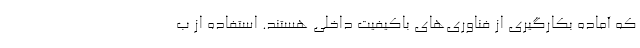
که آماده بکارگیری از فناوری‌های باکیفیت داخلی هستند. استفاده از ب